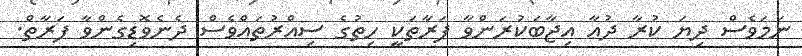
ނަމަވެސް ދިޔަ ކުރާ ދުޢާ އިޖާބަކުރަންވާ ފަރާތަކީ ހިތުގެ ސިއްރުތައްވެސް ދެނެވޮޑިގެންވާ ފަރާތް.